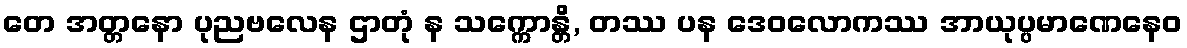
တေ အတ္တနော ပုညဗလေန ဌာတုံ န သက္ကောန္တိ, တဿ ပန ဒေဝလောကဿ အာယုပ္ပမာဏေနေဝ